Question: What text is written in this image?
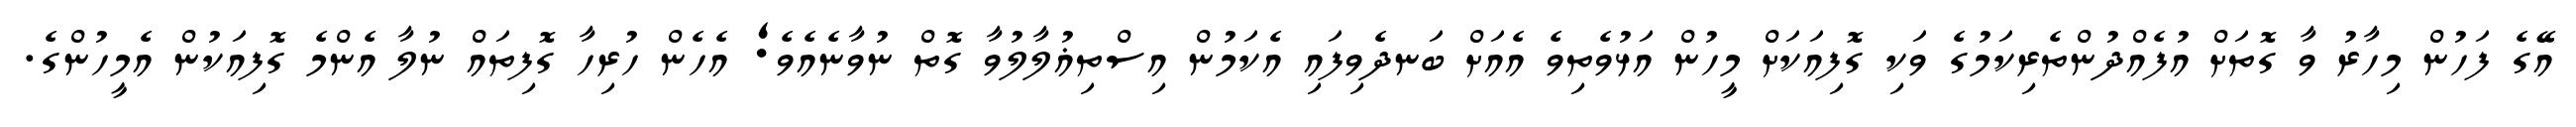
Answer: އޭގެ ފަހުން މިހާރު ވާ ގޮތަށް އުފެއްދުންތެރިކަމުގެ ވަކި ގޮފިއަކަށް މީހުން އަޅުވެތިވެ އެއަށް ބަނދެވިފައި އެކަމުން އިސްތިޣުލާލުވާ ގޮތް ނުވާނެއެވެ; އެހެން ހުރިހާ ގޮފިތައް ނުލާ އެންމެ ގޮފިއަކުން އެމީހުންގެ.